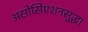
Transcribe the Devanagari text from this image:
असोसिएशनसुद्धा